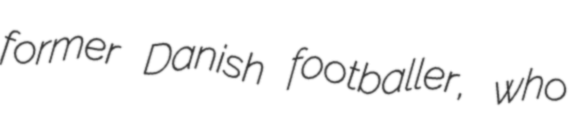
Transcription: former Danish footballer, who